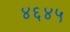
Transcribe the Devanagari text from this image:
४६४५